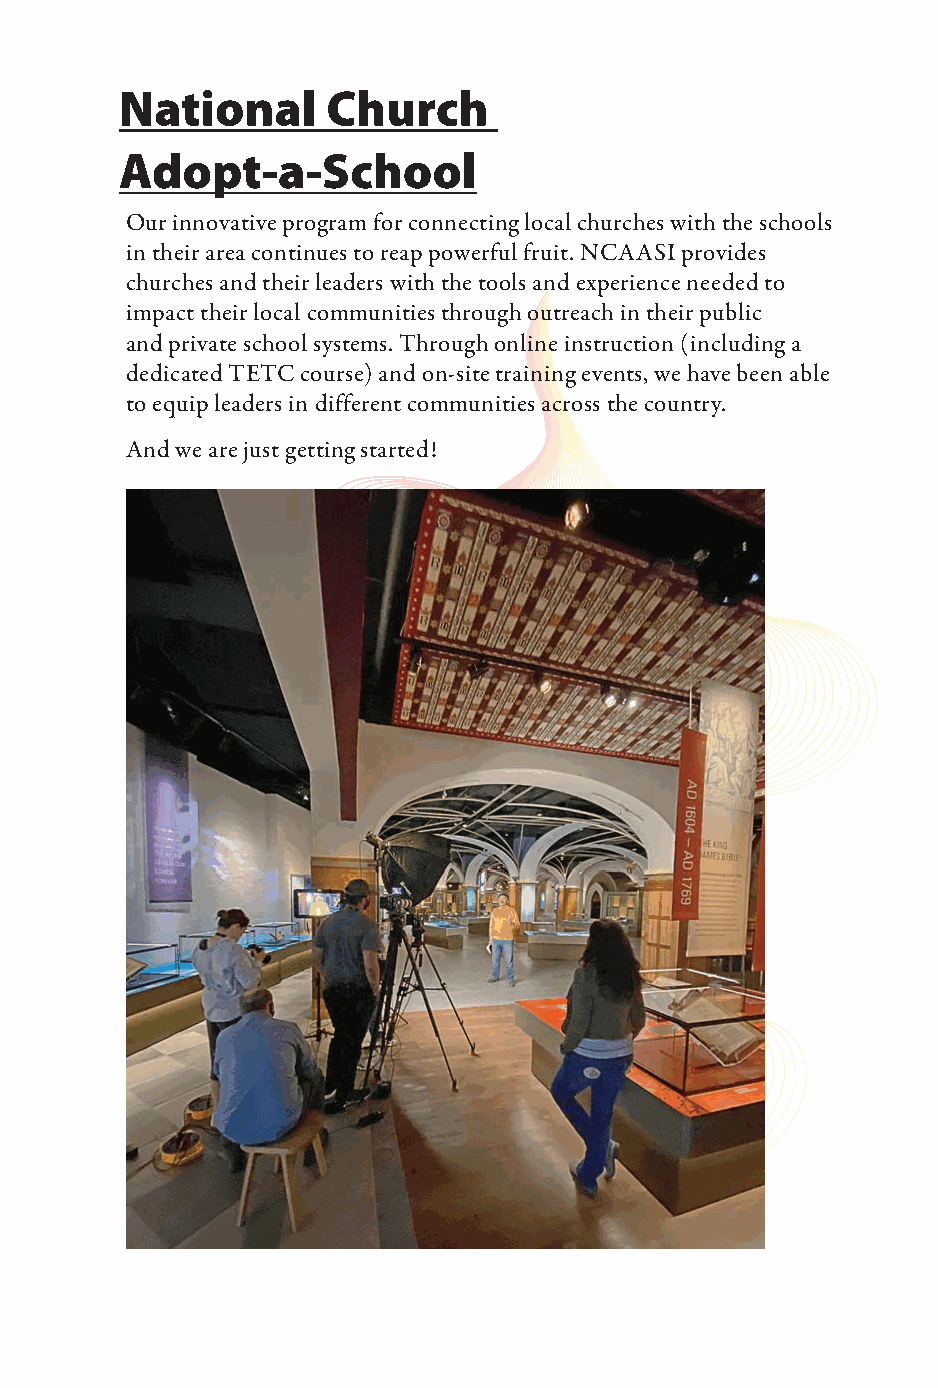
National      Church
 Adopt-a-School
 Our innovative program for connecting local churches with the schools
 in their area continues to reap powerful fruit. NCAASI provides
 churches and their leaders with the tools and experience needed to
 impact their local communities through outreach in their public
 and private school systems. Through online instruction (including a
 dedicated TETC course) and on-site training events, we have been able
 to equip leaders in different communities across the country.
 And we are just getting started!